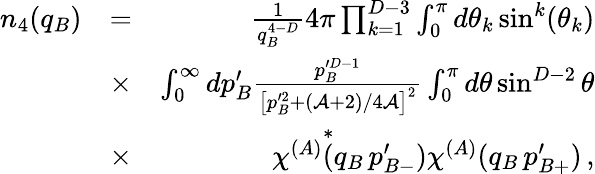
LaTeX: \begin{array}{rlr}{n_{4}(q_{B})}&{=}&{\frac{1}{q_{B}^{4-D}}4\pi\prod_{k=1}^{D-3}\int_{0}^{\pi}d\theta_{k}\sin^{k}(\theta_{k})}\\ &{\times}&{\int_{0}^{\infty}dp_{B}^{\prime}\frac{p_{B}^{\prime D-1}}{\left[p_{B}^{\prime 2}+(\mathcal{A}+2)/4\mathcal{A}\right]^{2}}\int_{0}^{\pi}d\theta\sin^{D-2}\theta}\\ &{\times}&{\chi^{(A)}\overset{*}{(}q_{B}\, p_{B-}^{\prime})\chi^{(A)}(q_{B}\, p_{B+}^{\prime})\, ,}\end{array}